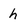
Character: h